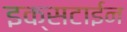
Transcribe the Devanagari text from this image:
इक्सटाईन